Scottish Certificate of Education, 1962
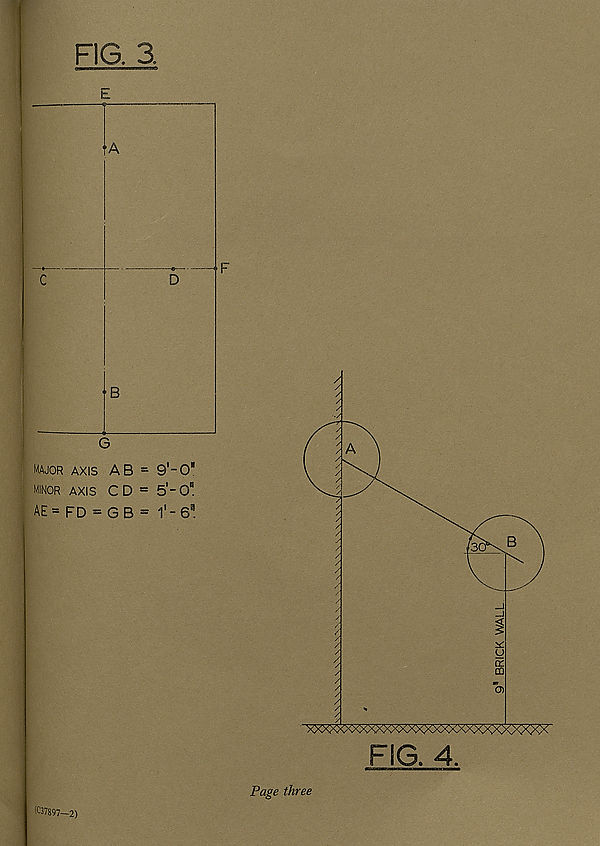
FIG. 3.
minor axis C D = 5'-0 a
AE = FD = G B = 1'- e 0
(037897—2)
Page three
BRICK WALL